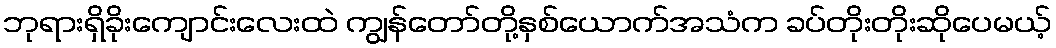
ဘုရားရှိခိုးကျောင်းလေးထဲ ကျွန်တော်တို့နှစ်ယောက်အသံက ခပ်တိုးတိုးဆိုပေမယ့်